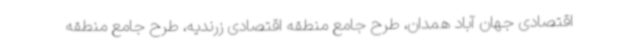
اقتصادی جهان آباد همدان، طرح جامع منطقه اقتصادی زرندیه، طرح جامع منطقه